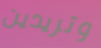
وتريدين